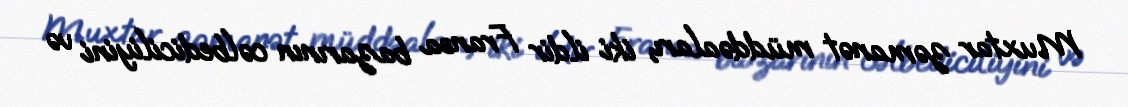
Muxtar zəmanət müddəaları, iki ildir Fransa bazarının cəlbediciliyini və